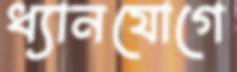
ধ্যানযোগে